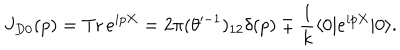
J _ { D 0 } ( p ) = \mathrm { T r } \, e ^ { i p X } = 2 \pi ( \theta ^ { - 1 } ) _ { 1 2 } \delta ( p ) \mp \frac { 1 } { k } \langle 0 | e ^ { i p X } | 0 \rangle .